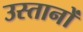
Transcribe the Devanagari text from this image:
उस्तानों